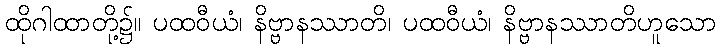
ထိုဂါထာတို့၌။ ပထဝီယံ၊ နိဗ္ဗာနဿာတိ၊ ပထဝီယံ၊ နိဗ္ဗာနဿာတိဟူသော